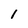
Character: 1